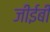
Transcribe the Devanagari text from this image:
जीईबी